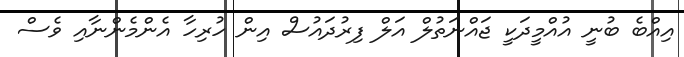
އިއްބެ ބުނީ އުއްމީދަކީ ޖައްނަތުލް އަލް ފިރުދައުސް އިން ހުރިހާ އެންމެންނާއި ވެސް